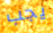
يجب